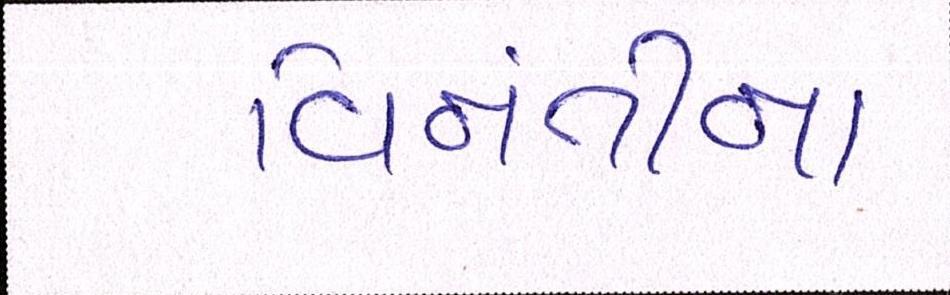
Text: વિનંતીના